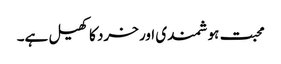
محبت ہوشمندی اور خرد کا کھیل ہے۔